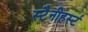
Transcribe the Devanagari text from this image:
स्टैनीहर्स्ट